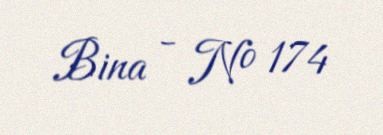
Bina - № 174